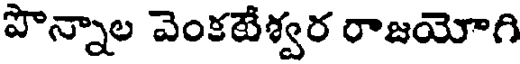
పొన్నాల వెంకటేశ్వర రాజయోగి